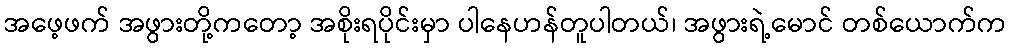
အဖေ့ဖက် အဖွားတို့ကတော့ အစိုးရပိုင်းမှာ ပါနေဟန်တူပါတယ်၊ အဖွားရဲ့မောင် တစ်ယောက်က